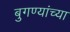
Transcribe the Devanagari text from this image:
बुगण्यांच्या